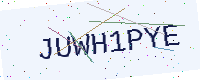
Text: JUWH1PYE